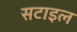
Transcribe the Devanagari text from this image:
सटाइल